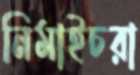
নিমাইচরা